Report on vaccination in the Province of Bengal - 1869-1873
Year: 1869
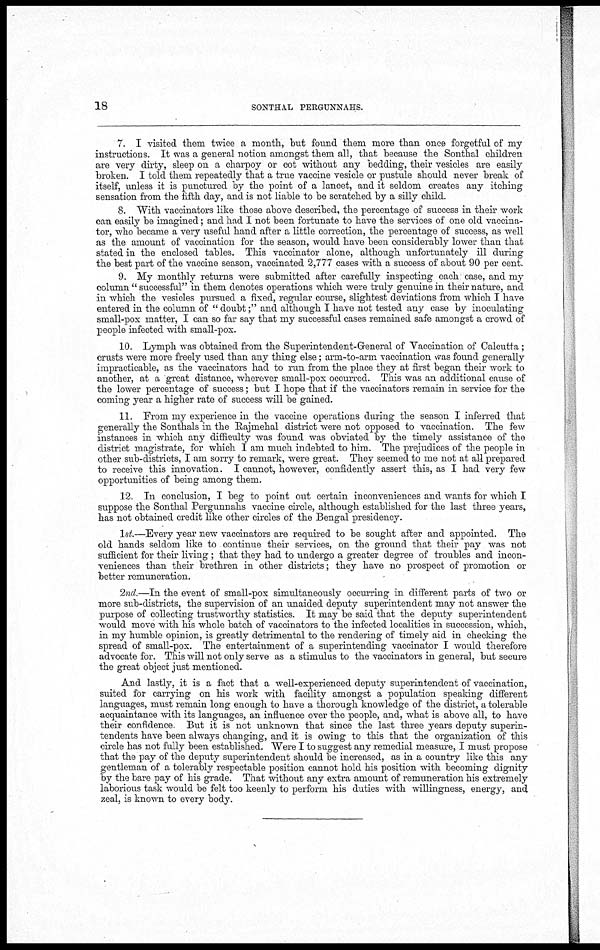
18
SONTHAL PERGUNNAHS.
7. I visited them twice a month, but found them more than once forgetful of my
instructions. It was a general notion amongst them all, that because the Sonthal children
are very dirty, sleep on a charpoy or cot without any bedding, their vesicles are easily
broken. I told them repeatedly that a true vaccine vesicle or pustule should never break of
itself, unless it is punctured by the point of a lancet, and it seldom creates any itching
sensation from the fifth day, and is not liable to be scratched by a silly child.
8. With vaccinators like those above described, the percentage of success in their work
can easily be imagined; and had I not been fortunate to have the services of one old vaccina-
tor, who became a very useful hand after a little correction, the percentage of success, as well
as the amount of vaccination for the season, would have been considerably lower than that
stated in the enclosed tables. This vaccinator alone, although unfortunately ill during
the best part of the vaccine season, vaccinated 2,777 cases with a success of about 90 per cent.
9. My monthly returns were submitted after carefully inspecting each case, and my
column " successful" in them denotes operations which were truly genuine in their nature, and
in which the vesicles pursued a fixed, regular course, slightest deviations from which I have
entered in the column of " doubt;" and although I have not tested any case by inoculating
small-pox matter, I can so far say that my successful cases remained safe amongst a crowd of
people infected with small-pox.
10. Lymph was obtained from the Superintendent-General of Vaccination of Calcutta ;
crusts were more freely used than any thing else; arm-to-arm vaccination was found generally
impracticable, as the vaccinators had to run from the place they at first began their work to
another, at a great distance, wherever small-pox occurred. This was an additional cause of
the lower percentage of success; but I hope that if the vaccinators remain in service for the
coming year a higher rate of success will be gained.
11. From my experience in the vaccine operations during the season I inferred that
generally the Sonthals in the Rajmehal district were not opposed to vaccination. The few
instances in which any difficulty was found was obviated by the timely assistance of the
district magistrate, for which I am much indebted to him. The prejudices of the people in
other sub-districts, I am sorry to remark, were great. They seemed to me not at all prepared
to receive this innovation. I cannot, however, confidently assert this, as I had very few
opportunities of being among them.
12. In conclusion, I beg to point out certain inconveniences and wants for which I
suppose the Sonthal Pergunnahs vaccine circle, although established for the last three years,
has not obtained credit like other circles of the Bengal presidency.
1st.—Every year new vaccinators are required to be sought after and appointed. The
old hands seldom like to continue their services, on the ground that their pay was not
sufficient for their living ; that they had to undergo a greater degree of troubles and incon-
veniences than their brethren in other districts; they have no prospect of promotion or
better remuneration.
2nd.—In the event of small-pox simultaneously occurring in different parts of two or
more sub-districts, the supervision of an unaided deputy superintendent may not answer the
purpose of collecting trustworthy statistics. It may be said that the deputy superintendent
would move with his whole batch of vaccinators to the infected localities in succession, which,
in my humble opinion, is greatly detrimental to the rendering of timely aid in checking the
spread of small-pox. The entertainment of a superintending vaccinator I would therefore
advocate for. This will not only serve as a stimulus to the vaccinators in general, but secure
the great object just mentioned.
And lastly, it is a fact that a well-experienced deputy superintendent of vaccination,
suited for carrying on his work with facility amongst a population speaking different
languages, must remain long enough to have a thorough knowledge of the district, a tolerable
acquaintance with its languages, an influence over the people, and, what is above all, to have
their confidence. But it is not unknown that since the last three years deputy superin-
tendents have been always changing, and it is owing to this that the organization of this
circle has not fully been established. Were I to suggest any remedial measure, I must propose
that the pay of the deputy superintendent should be increased, as in a country like this any
gentleman of a tolerably respectable position cannot hold his position with becoming dignity
by the bare pay of his grade. That without any extra amount of remuneration his extremely
laborious task would be felt too keenly to perform his duties with willingness, energy, and
zeal, is known to every body.